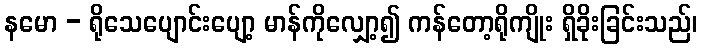
နမော - ရိုသေပျောင်းပျော့ မာန်ကိုလျှော့၍ ကန်တော့ရိုကျိုး ရှိခိုးခြင်းသည်၊